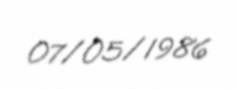
07/05/1986